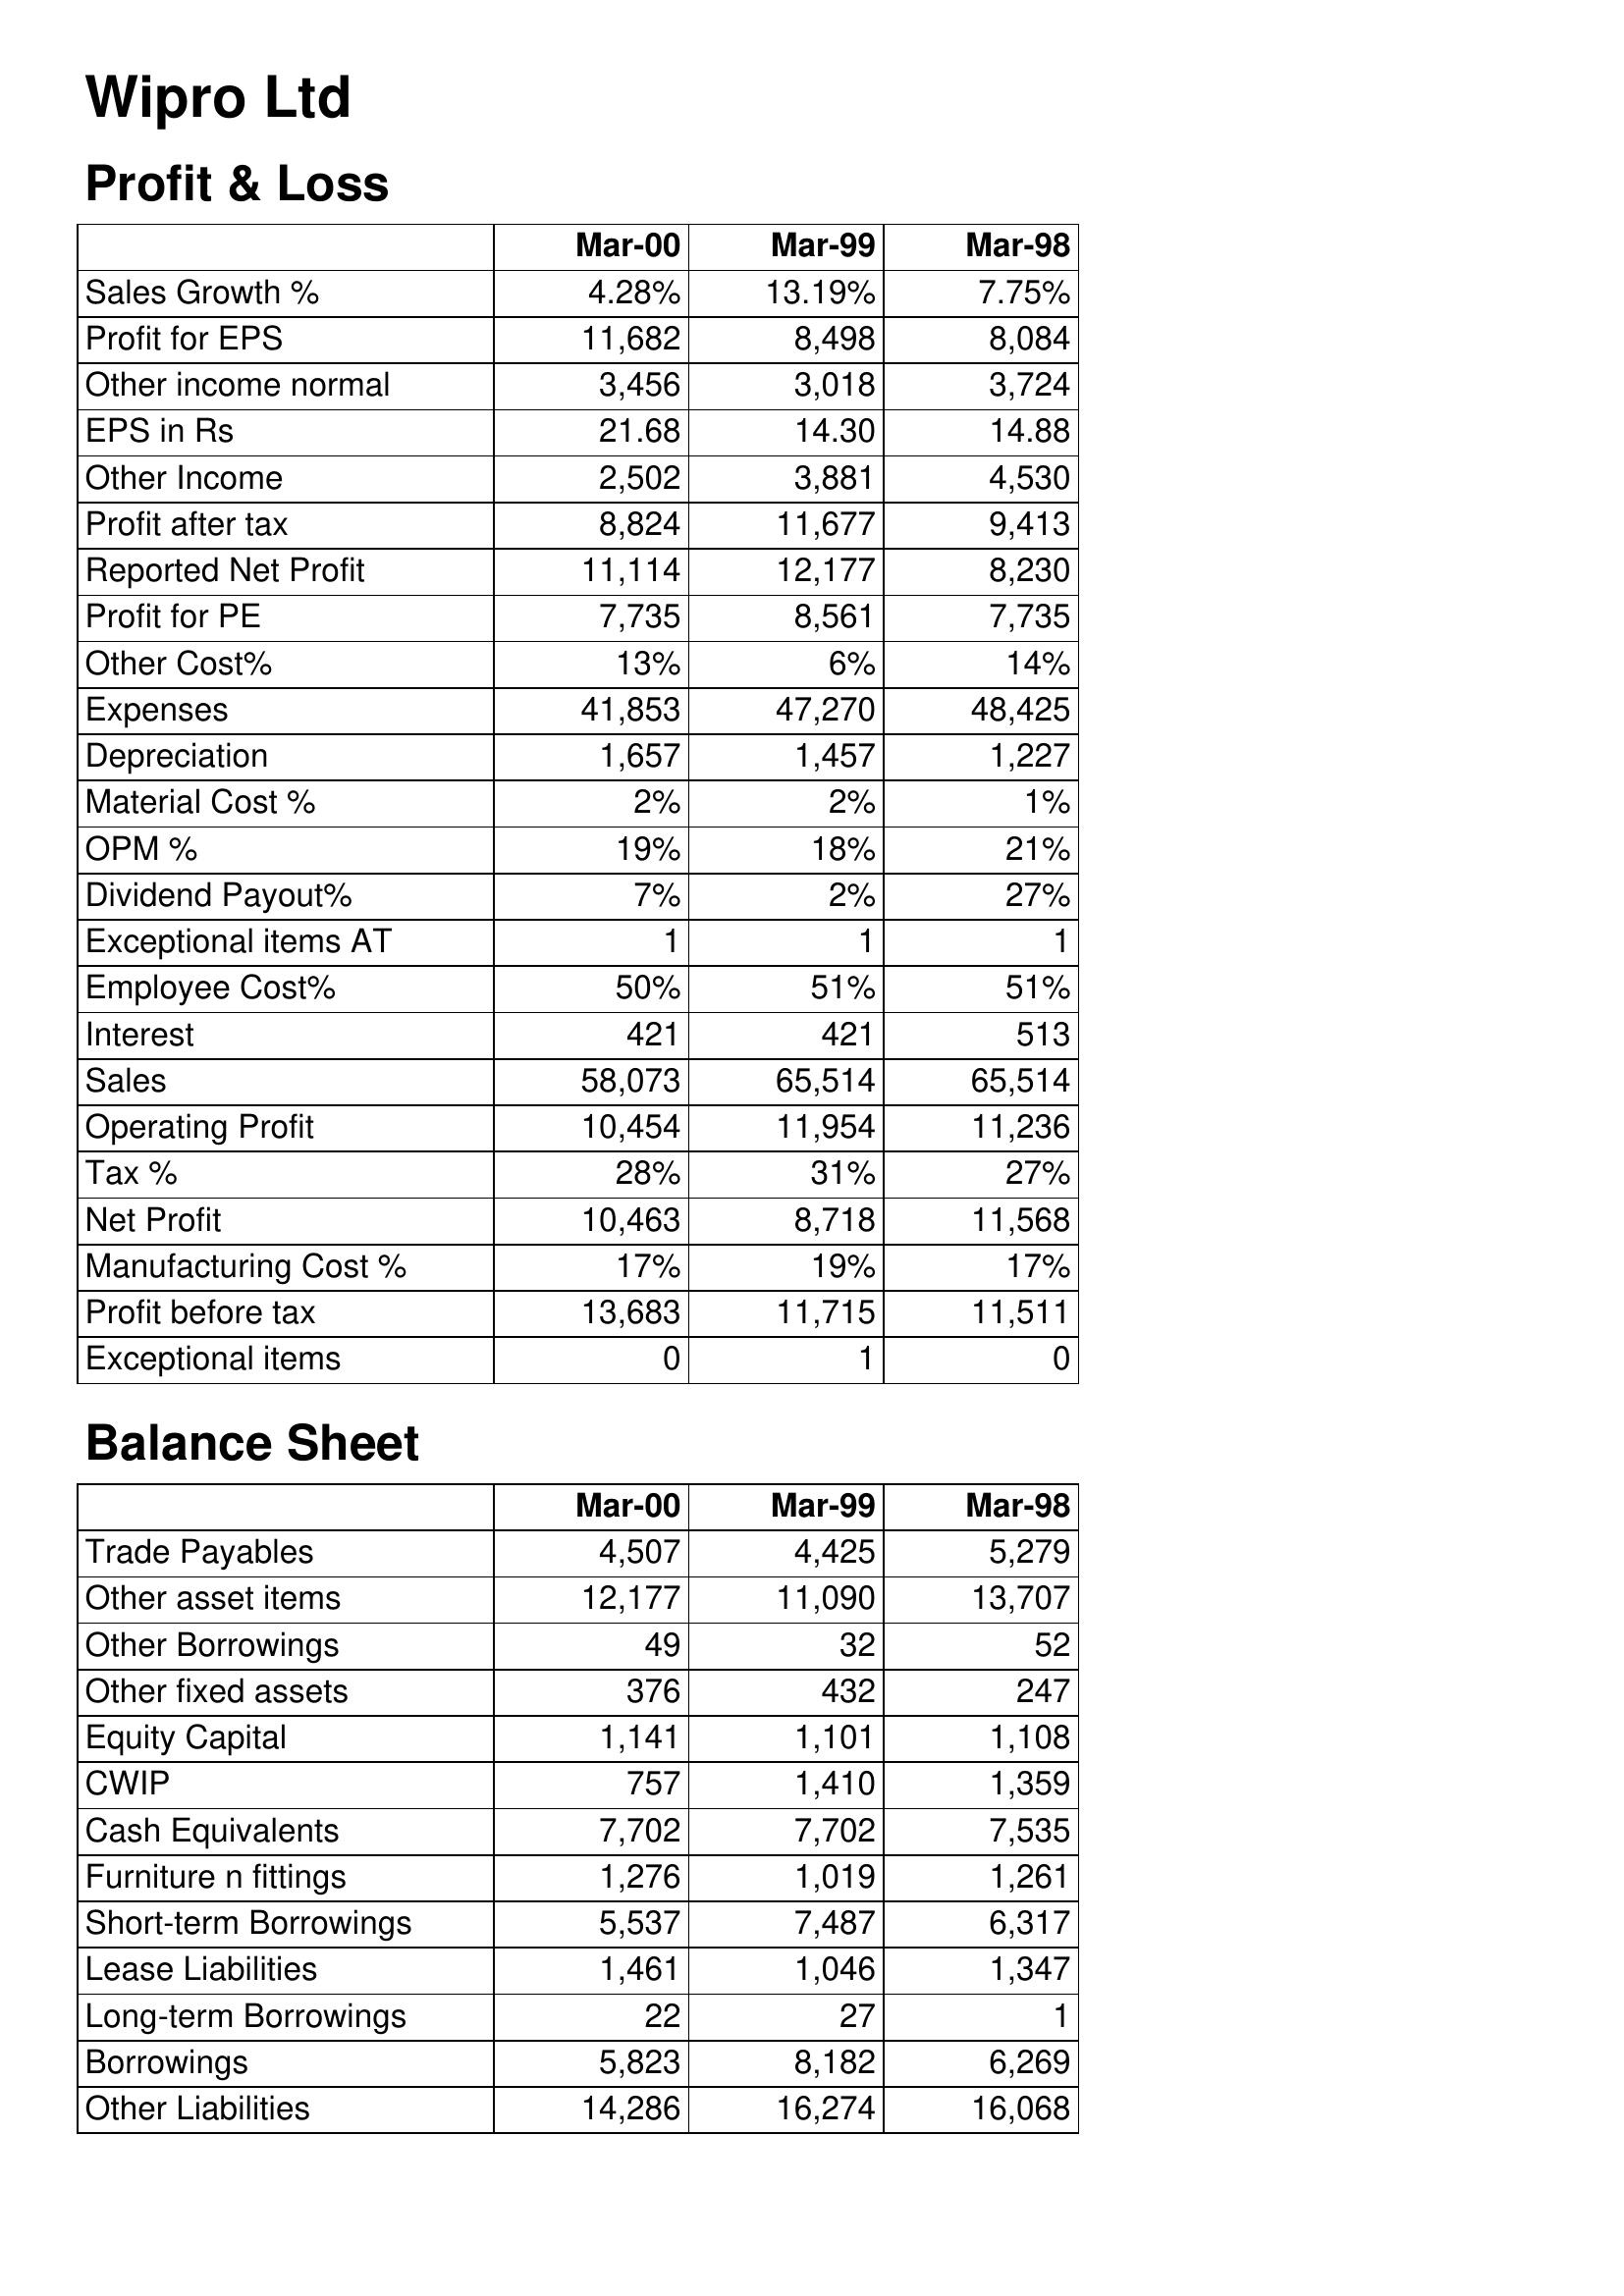
Mar-00: Profit & Loss: Sales Growth %: 4.28%
Profit for EPS: 11,682
Other income normal: 3,456
EPS in Rs: 21.68
Other Income: 2,502
Profit after tax: 8,824
Reported Net Profit: 11,114
Profit for PE: 7,735
Other Cost%: 13%
Expenses: 41,853
Depreciation: 1,657
Material Cost %: 2%
OPM %: 19%
Dividend Payout%: 7%
Exceptional items AT: 1
Employee Cost%: 50%
Interest: 421
Sales: 58,073
Operating Profit: 10,454
Tax %: 28%
Net Profit: 10,463
Manufacturing Cost %: 17%
Profit before tax: 13,683
Exceptional items: 0
Balance Sheet: Trade Payables: 4,507
Other asset items: 12,177
Other Borrowings: 49
Other fixed assets: 376
Equity Capital: 1,141
CWIP: 757
Cash Equivalents: 7,702
Furniture n fittings: 1,276
Short-term Borrowings: 5,537
Lease Liabilities: 1,461
Long-term Borrowings: 22
Borrowings: 5,823
Other Liabilities: 14,286
Mar-99: Profit & Loss: Sales Growth %: 13.19%
Profit for EPS: 8,498
Other income normal: 3,018
EPS in Rs: 14.30
Other Income: 3,881
Profit after tax: 11,677
Reported Net Profit: 12,177
Profit for PE: 8,561
Other Cost%: 6%
Expenses: 47,270
Depreciation: 1,457
Material Cost %: 2%
OPM %: 18%
Dividend Payout%: 2%
Exceptional items AT: 1
Employee Cost%: 51%
Interest: 421
Sales: 65,514
Operating Profit: 11,954
Tax %: 31%
Net Profit: 8,718
Manufacturing Cost %: 19%
Profit before tax: 11,715
Exceptional items: 1
Balance Sheet: Trade Payables: 4,425
Other asset items: 11,090
Other Borrowings: 32
Other fixed assets: 432
Equity Capital: 1,101
CWIP: 1,410
Cash Equivalents: 7,702
Furniture n fittings: 1,019
Short-term Borrowings: 7,487
Lease Liabilities: 1,046
Long-term Borrowings: 27
Borrowings: 8,182
Other Liabilities: 16,274
Mar-98: Profit & Loss: Sales Growth %: 7.75%
Profit for EPS: 8,084
Other income normal: 3,724
EPS in Rs: 14.88
Other Income: 4,530
Profit after tax: 9,413
Reported Net Profit: 8,230
Profit for PE: 7,735
Other Cost%: 14%
Expenses: 48,425
Depreciation: 1,227
Material Cost %: 1%
OPM %: 21%
Dividend Payout%: 27%
Exceptional items AT: 1
Employee Cost%: 51%
Interest: 513
Sales: 65,514
Operating Profit: 11,236
Tax %: 27%
Net Profit: 11,568
Manufacturing Cost %: 17%
Profit before tax: 11,511
Exceptional items: 0
Balance Sheet: Trade Payables: 5,279
Other asset items: 13,707
Other Borrowings: 52
Other fixed assets: 247
Equity Capital: 1,108
CWIP: 1,359
Cash Equivalents: 7,535
Furniture n fittings: 1,261
Short-term Borrowings: 6,317
Lease Liabilities: 1,347
Long-term Borrowings: 1
Borrowings: 6,269
Other Liabilities: 16,068